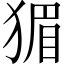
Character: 猸